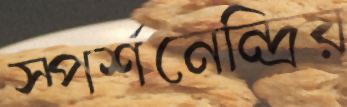
স্পর্শনেন্দ্রিয়